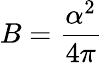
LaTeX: B=\frac{\alpha^{2}}{4\pi}